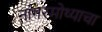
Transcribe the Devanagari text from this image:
नागरमोथ्याचा